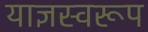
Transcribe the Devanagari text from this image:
याज्ञस्वरूप